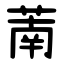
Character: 萳